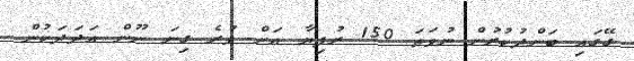
ގޭގައި ބަންދުކުރުން ނުވަތަ 150 ރުފިޔާ އަށް ވުރެ ގިނަ ނޫން އަދަދަކުން